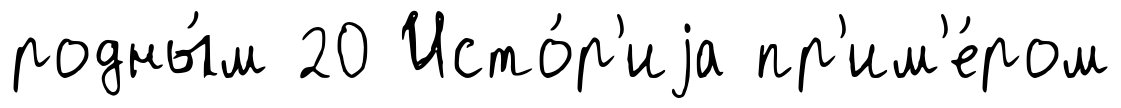
родны́м 20 Исто́р'иjа пр'им'е́ром